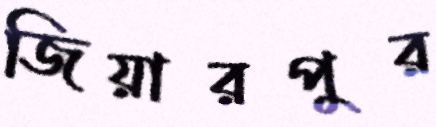
জিয়ারপুর